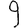
Digit: 9